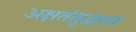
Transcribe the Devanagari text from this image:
अक्षतंतूद्वारा